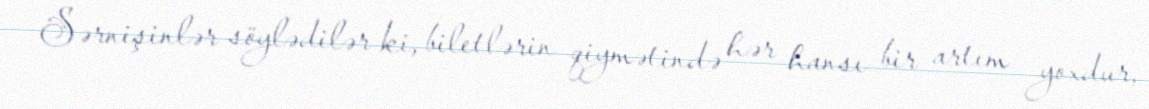
Sərnişinlər söylədilər ki, biletlərin qiymətində hər hansı bir artım yoxdur,